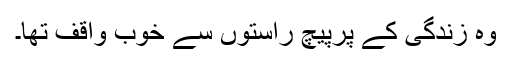
وہ زندگی کے پُرپیچ راستوں سے خوب واقف تھا۔